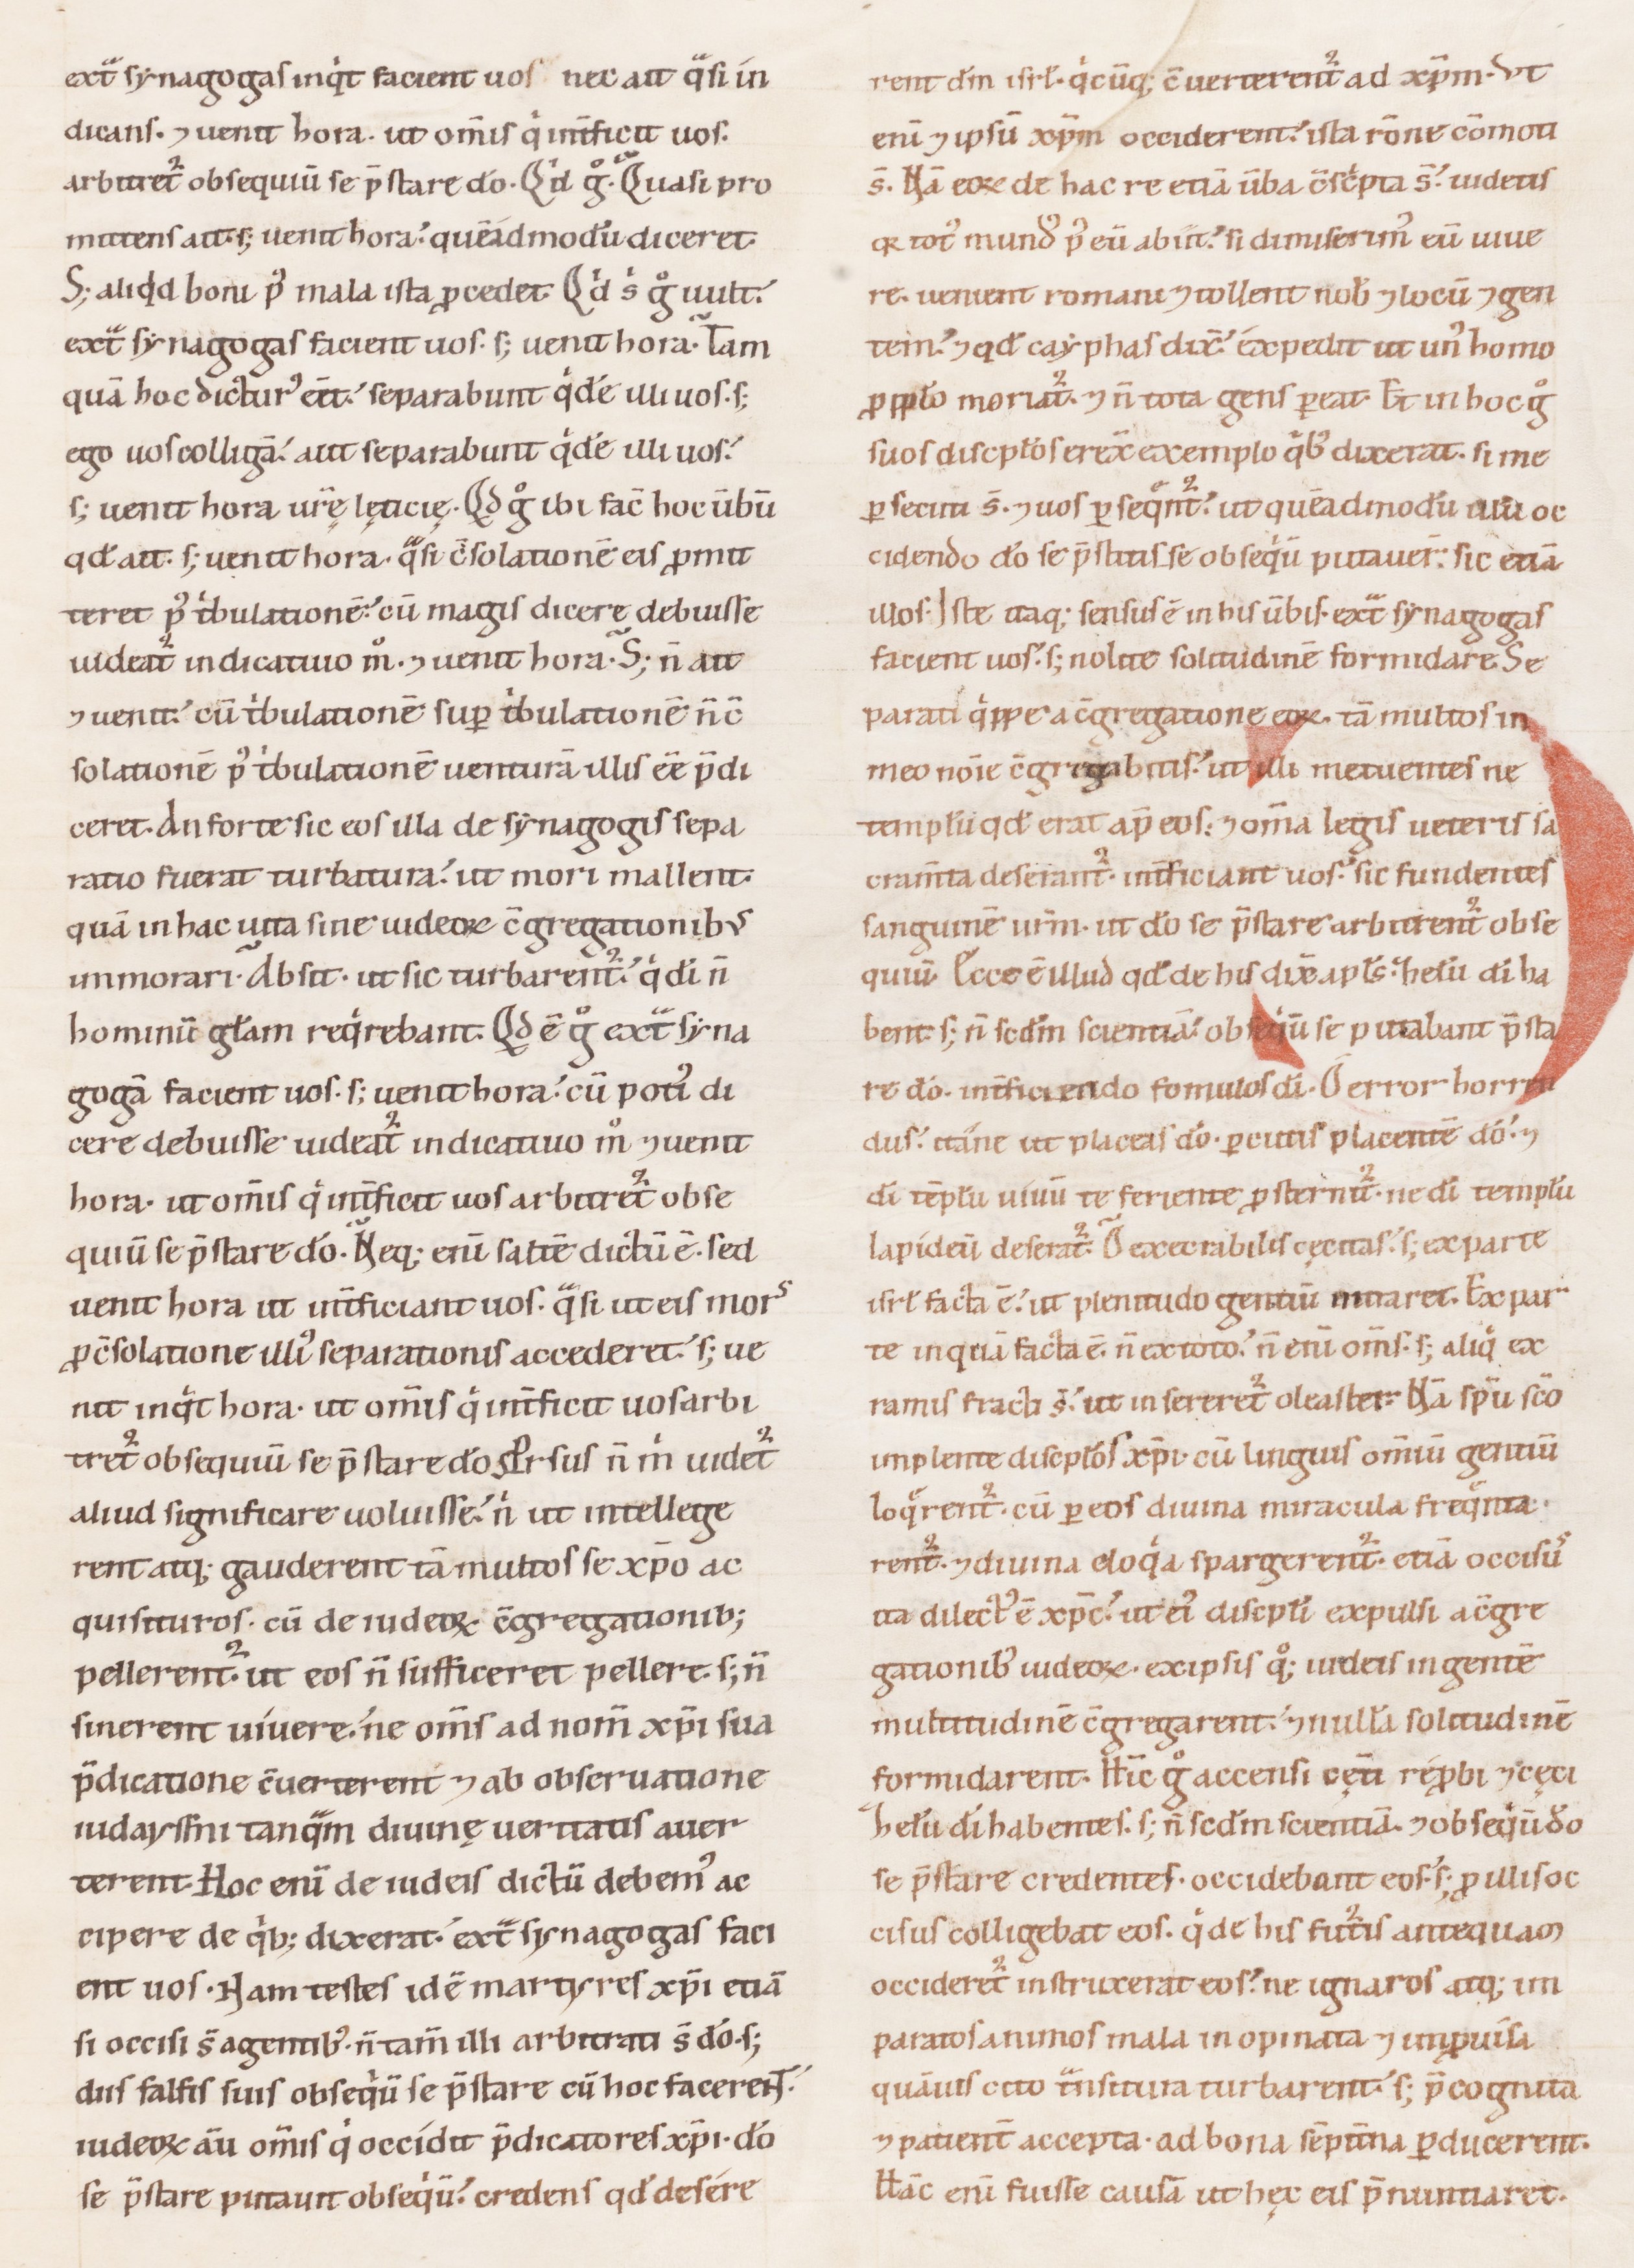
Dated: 1100–1199